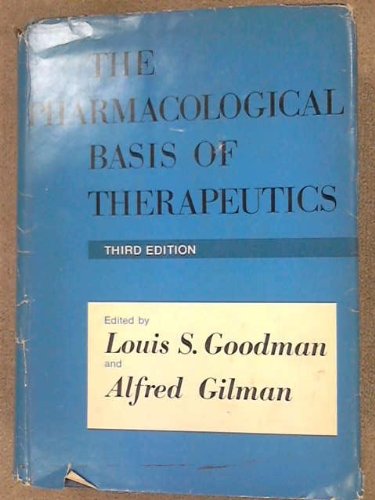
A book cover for The Pharmacological Basis of Therapeutics; Louis S. & Gilman, Alfred Goodman; Medical Books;